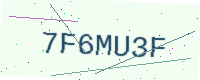
Text: 7F6MU3F